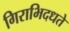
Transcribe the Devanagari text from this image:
गिराभिदधते